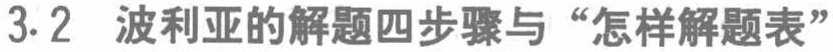
3.2 波利亚的解题四步骤与“怎样解题表”